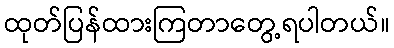
ထုတ်ပြန်ထားကြတာတွေ့ရပါတယ်။